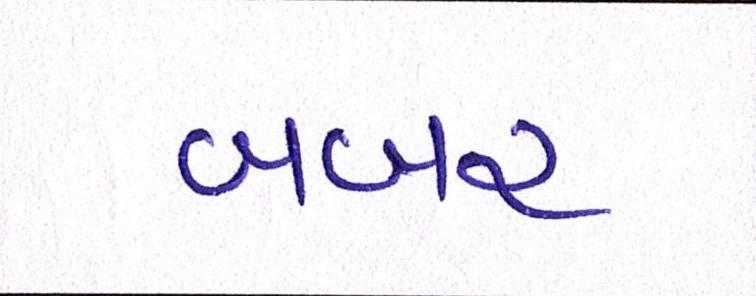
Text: બબર